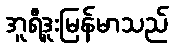
အူရီဒူးမြန်မာသည်